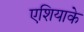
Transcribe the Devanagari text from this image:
एशियाके